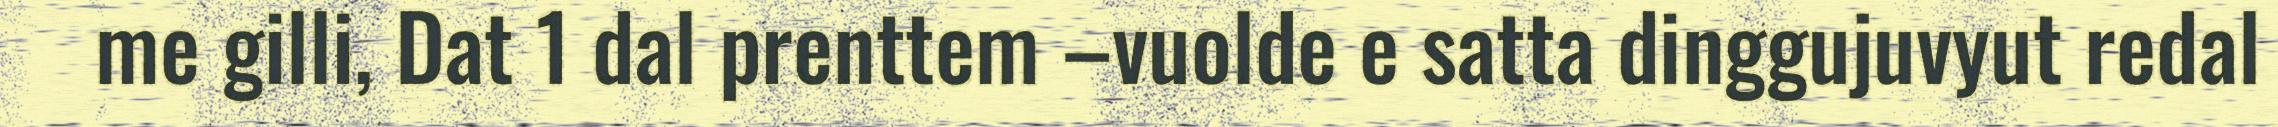
me gilli, Dat 1 dal prenttem –vuolde e satta dinggujuvyut redal